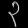
Digit: ၃